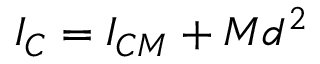
I _ { C } = I _ { C M } + M d ^ { 2 }